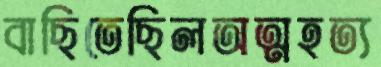
বাছিতেছিলঅত্মহত্য